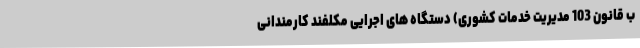
ب قانون 103 مدیریت خدمات کشوری) دستگاه های اجرایی مکلفند کارمندانی